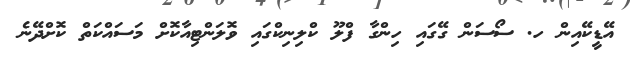
އޭޑީކޭއިން ހ. ސޯސަން ގޭގައި ހިންގާ ފްލޫ ކްލިނިކްގައި ވޮލަންޓިއާކޮށް މަސައްކަތް ކޮށްދޭނެ